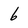
Character: 6